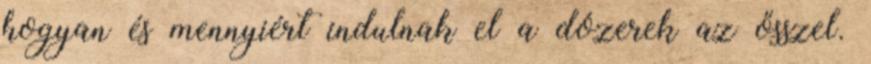
hogyan és mennyiért indulnak el a dózerek az ősszel.